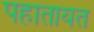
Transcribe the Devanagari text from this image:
पहातायत